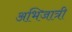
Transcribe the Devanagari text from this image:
अभिजात्री